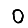
Digit: 0